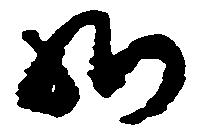
御